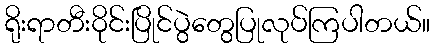
ရိုးရာတီးဝိုင်းပြိုင်ပွဲတွေပြုလုပ်ကြပါတယ်။